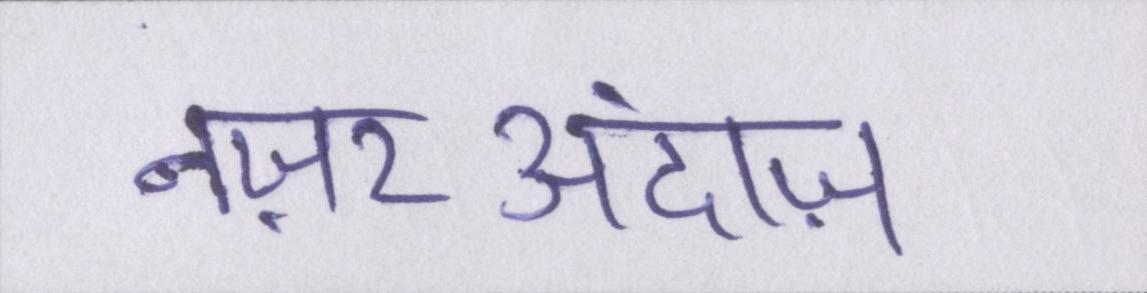
नज़रअंदाज़